Indian journal of veterinary science and animal husbandry - Volume 7,
Year: 1937
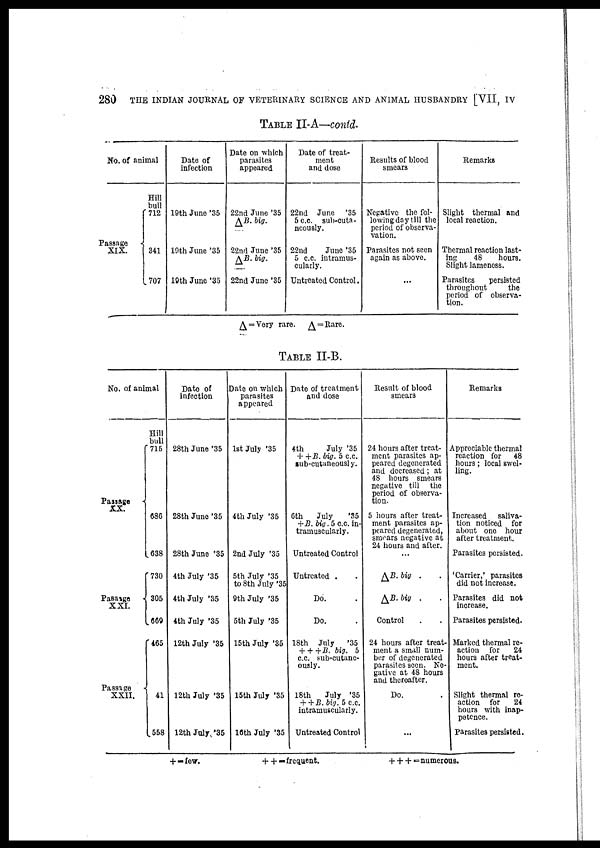
280
THE INDIAN JOURNAL OF VETERINARY SCIENCE AND ANIMAL HUSBANDRY [VII, IV
TABLE II-A—contd.
No. of animal
Passage
XIX. {
Hill
bull
712
341
707
Date of
infection
19th June '35
19th June '35
19th June '35
Date on which
parasites
appeared
22nd June '35
∆ B. big.
22nd June '35
∆ B. big.
22nd June '35
Date of treat-
ment
and dose
22nd June
'35
5c.c. sub-cuta¬
neously.
22nd
June '35
5 c.c. intramus-
cularly.
Untreated Control.
Results of blood
smears
Negative the fol-
lowing day till the
period of observa¬
vation.
Parasites not seen
again as above.
...
Remarks
Slight thermal and
local reaction.
Thermal reaction last-
ing
48
hours.
Slight lameness.
Parasites
persisted
throughout
the
period of observa-
tion.
∆ = Very rare. ∆ = Rare.
TABLE II-B.
No. of animal
Passage
XX. {
Pasage
XXI. {
Passage
XXII. {
Hill
bull
715
686
638
730
305
669
465
41
558
Date of
infection
28th June '35
28th June '35
28th June '35
4th July '35
4th July '35
4th July '35
12th July '35
12th July '35
12th July '35
Date on which
parasites
appeared
1st July '35
4th July '35
2nd July '35
5th July '35
to 8th July '35
9th July '35
5th July '35
15th July '35
15th July '35
16th July '35
Date of treatment
and dose
4th
July '35
+ + B. big. 5 c.c.
sub-cutaneously.
6th
July
'35
+ B. big. 5 c.c. in-
tramuscularly.
Untreated Control
Untreated . .
Do. .
Do. .
18th July
'35
+ + + B. big. 5
c.c. sub-cutane¬
ously.
18th
July '35
+ + B. big. 5 c.c.
intramuscularly.
Untreated Control
Result of blood
smears
24 hours after treat-
ment parasites ap-
peared degenerated
and decreased; at
48 hours smears
negative till the
period of observa-
tion.
5 hours after treat-
ment parasites ap-
peared degenerated,
smears negative at
24 hours and after.
...
∆ B. big . .
∆ B.big . .
Control . .
24 hours after treat-
ment a small num-
ber of degenerated
parasites seen. Ne-
gative at 48 hours
and thereafter.
Do. .
...
Remarks
Appreciable thermal
reaction for
48
hours; local swel-
ling.
Increased
saliva-
tion noticed for
about one hour
after treatment.
Parasites persisted.
'Carrier,' parasites
did not increase.
Parasites did not
increase.
Parasites persisted.
Marked thermal re-
action for
24
hours after treat-
ment.
Slight thermal re-
action for
24
hours with inap¬
petence.
Parasites persisted.
+ = few.
+ + = frequent.
+ + + = numerous.